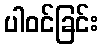
ပါဝင်ခြင်း